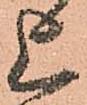
上